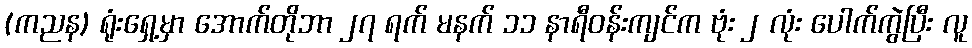
(ကညန) ရုံးရှေ့မှာ အောက်တိုဘာ ၂၇ ရက် မနက် ၁၁ နာရီဝန်းကျင်က ဗုံး ၂ လုံး ပေါက်ကွဲပြီး လူ